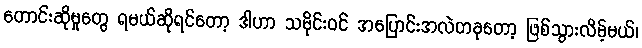
တောင်းဆိုမှုတွေ ရမယ်ဆိုရင်တော့ ဒါဟာ သမိုင်းဝင် အပြောင်းအလဲတခုတော့ ဖြစ်သွားလိမ့်မယ်၊